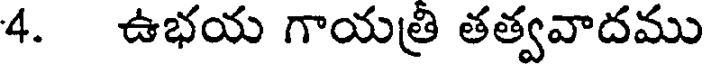
4. ఉభయ గాయత్రి తత్వవాదము